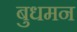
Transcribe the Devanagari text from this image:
बुधमन